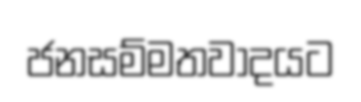
ජනසම්මතවාදයට